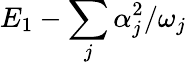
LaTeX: E_{1}-\sum_{j}{\alpha_{j}^{2}}/{\omega_{j}}